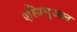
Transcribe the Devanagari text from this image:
एस्प्रिचुअल